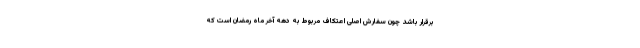
برقرار باشد چون سفارش اصلی اعتکاف مربوط به دهه آخر ماه رمضان است که